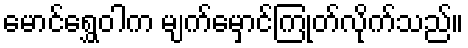
မောင်ရွှေဝါက မျက်မှောင်ကြုတ်လိုက်သည်။